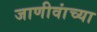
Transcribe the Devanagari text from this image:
जाणीवांच्या